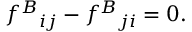
f ^ { B } { } _ { i j } - f ^ { B } { } _ { j i } = 0 .